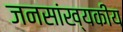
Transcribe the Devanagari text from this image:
जनसांख्यकीय